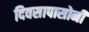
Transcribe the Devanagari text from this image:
दिवसापासोनी